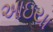
આઇયા